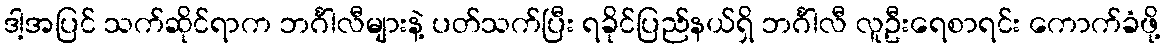
ဒါ့အပြင် သက်ဆိုင်ရာက ဘင်္ဂါလီများနဲ့ ပတ်သက်ပြီး ရခိုင်ပြည်နယ်ရှိ ဘင်္ဂါလီ လူဦးရေစာရင်း ကောက်ခံဖို့